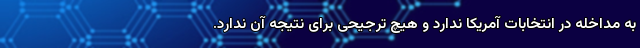
به مداخله در انتخابات آمریکا ندارد و هیچ ترجیحی برای نتیجه آن ندارد.